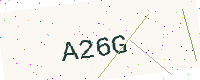
Text: A26G